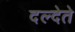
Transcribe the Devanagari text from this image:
दल्देते